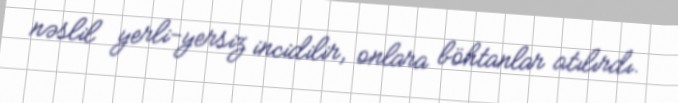
nəslil yerli-yersiz incidilir, onlara böhtanlar atılırdı.